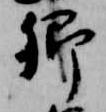
卿